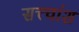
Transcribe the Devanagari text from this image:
सत्त्वांश